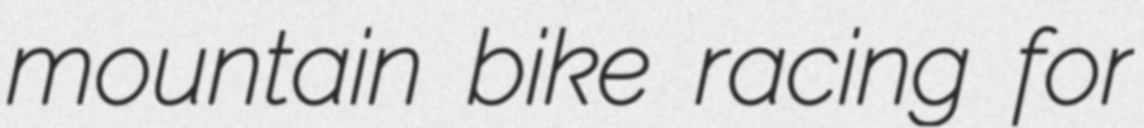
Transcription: mountain bike racing for